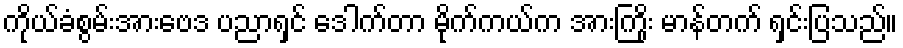
ကိုယ်ခံစွမ်းအားဗေဒ ပညာရှင် ဒေါက်တာ မိုက်ကယ်က အားကြိုး မာန်တက် ရှင်းပြသည်။